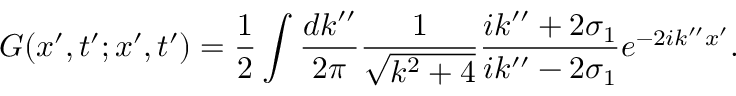
G ( x ^ { \prime } , t ^ { \prime } ; x ^ { \prime } , t ^ { \prime } ) = \frac { 1 } { 2 } \int \frac { d k ^ { \prime \prime } } { 2 \pi } \frac { 1 } { \sqrt { k ^ { 2 } + 4 } } \frac { i k ^ { \prime \prime } + 2 \sigma _ { 1 } } { i k ^ { \prime \prime } - 2 \sigma _ { 1 } } e ^ { - 2 i k ^ { \prime \prime } x ^ { \prime } } .